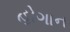
હોગાન